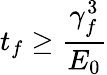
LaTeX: t_{f}\geq\frac{\gamma_{f}^{3}}{E_{0}}